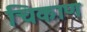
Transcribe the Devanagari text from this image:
चिकाण